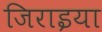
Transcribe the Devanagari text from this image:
जिराइया